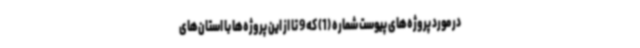
در مورد پروژه‌های پیوست شماره (1) که 9 تا از این پروژه‌ها با استان‌های